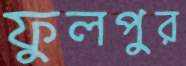
ফুলপুর